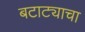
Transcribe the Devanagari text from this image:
बटाट्याचा